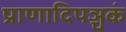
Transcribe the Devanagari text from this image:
प्राणादिपञ्चकं